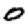
Digit: 0